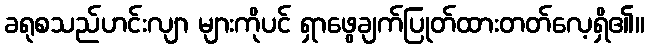
ခရုစသည်ဟင်းလျာ များကိုပင် ရှာဖွေချက်ပြုတ်ထားတတ်လေ့ရှိ၏။